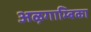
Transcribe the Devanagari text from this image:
अऴगाम्बिका